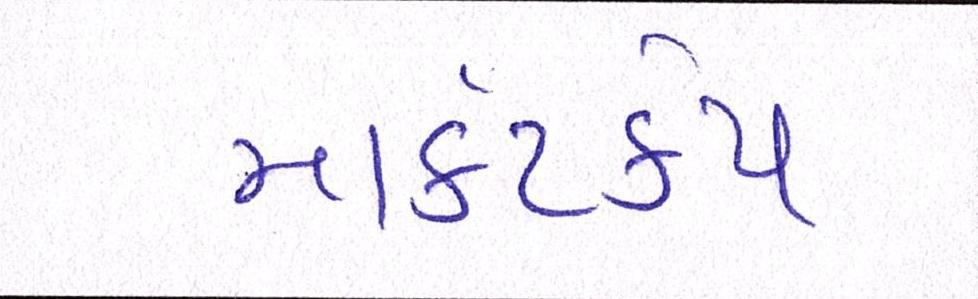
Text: માર્કેટકેપ